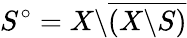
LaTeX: S^{\circ}=X\backslash{\overline{{(X\backslash S)}}}